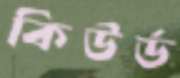
কিউর্ড